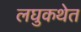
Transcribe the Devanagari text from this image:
लघुकथेत